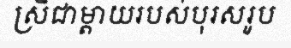
ស្រីជាម្តាយរបស់បុរសរូប